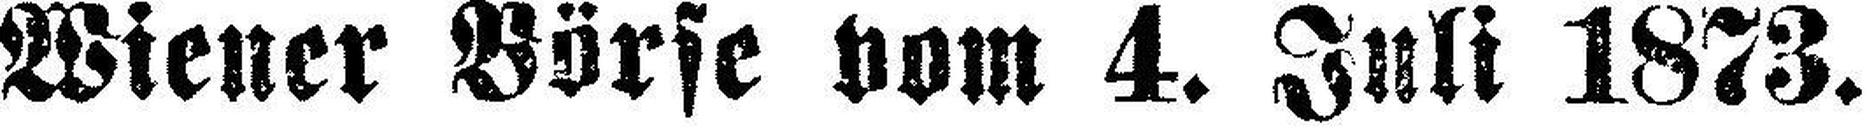
Wiener Börse vom 4. Juli 1873.